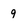
Character: 9